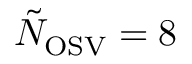
\tilde { N } _ { \mathrm { O S V } } = 8